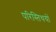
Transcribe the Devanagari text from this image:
परिस्तिथयों